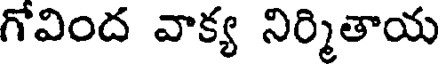
గోవింద వాక్య నిర్మితాయ